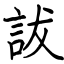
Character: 詙